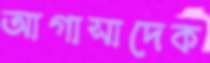
আগাসাদেক